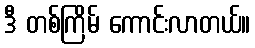
ဒီ တစ်ကြိမ် ကောင်းလာတယ်။